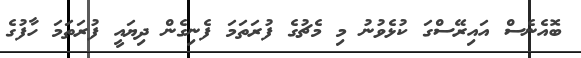
ބޮއެނެސް އައިރޭސްގަ ކުޅެވުނު މި މެޗުގެ ފުރަތަމަ ފެނިގެން ދިޔައީ ފުރަތަމަ ހާފުގެ